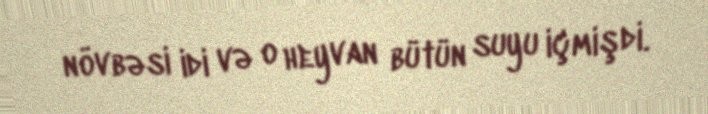
növbəsi idi və o heyvan bütün suyu içmişdi.